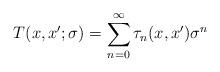
LaTeX: \begin{align*}T(x,x';\sigma) = \sum_{n=0}^\infty \tau_n(x,x')\sigma^n\end{align*}